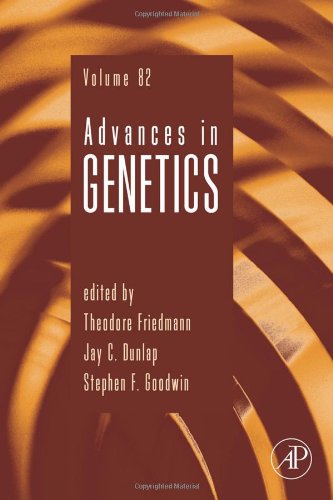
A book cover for Advances in Genetics, Volume 82; Engineering & Transportation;